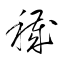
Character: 穢